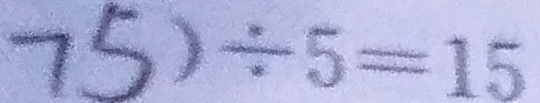
7 5 ) \div 5 = 1 5